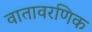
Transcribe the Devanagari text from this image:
वातावरणिक